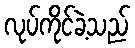
လုပ်ကိုင်ခဲ့သည်